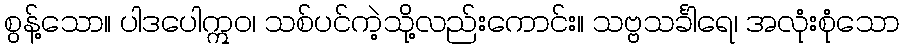
စွန့်သော။ ပါဒပေါဣဝ၊ သစ်ပင်ကဲ့သို့လည်းကောင်း။ သဗ္ဗသင်္ခါရေ၊ အလုံးစုံသော